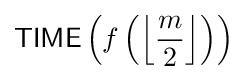
{\mathsf {TIME}}\left(f\left(\left\lfloor {\frac {m}{2}}\right\rfloor \right)\right)